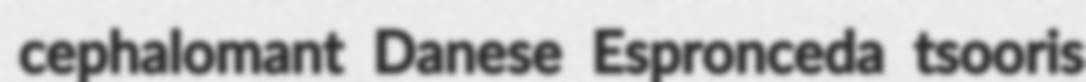
cephalomant Danese Espronceda tsooris